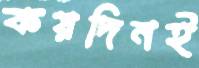
কয়দিনই